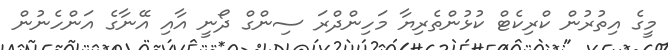
މީގެ އިތުރުން ކްރިކެޓް ކުޅުންތެރިޔާ މަހިންދްރަ ސިންގް ދޯނީ އާއި އޭނާގެ އަންހެނުން